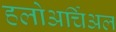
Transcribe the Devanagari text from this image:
हलोअर्चिअल